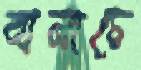
বানাচে